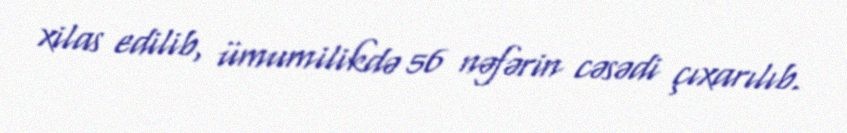
xilas edilib, ümumilikdə 56 nəfərin cəsədi çıxarılıb.